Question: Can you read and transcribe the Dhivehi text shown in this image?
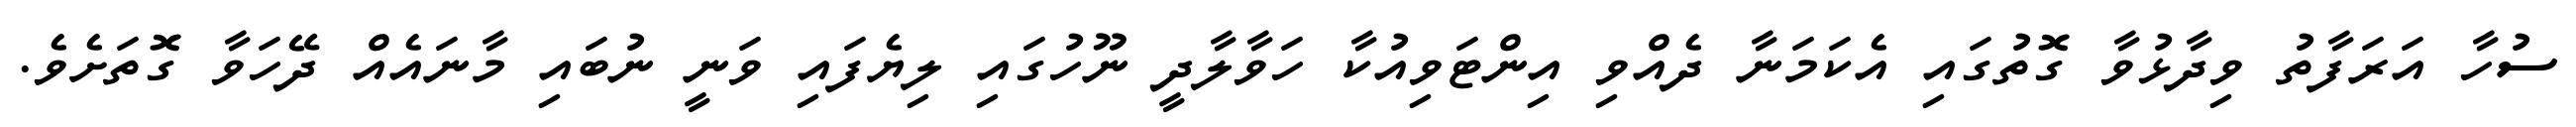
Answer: ސުހާ އަރަފާތު ވިދާޅުވާ ގޮތުގައި އެކަމަނާ ދެއްވި އިންޓަވިއުކާ ހަވާލާދީ ނޫހުގައި ލިޔެފައި ވަނީ ނުބައި މާނައެއް ދޭހަވާ ގޮތަށެވެ.